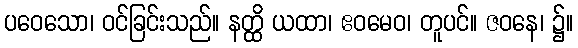
ပဝေသော၊ ဝင်ခြင်းသည်။ နတ္ထိ ယထာ၊ ဧဝမေဝ၊ တူပင်။ ဇဝနေ၊ ၌။